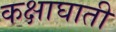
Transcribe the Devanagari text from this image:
कक्षाघाती